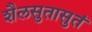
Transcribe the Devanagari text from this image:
शैलसुतासुतं